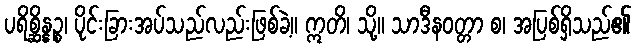
ပရိစ္ဆိန္နဉ္စ၊ ပိုင်းခြားအပ်သည်လည်းဖြစ်ခဲ့။ ဣတိ၊ သို့။ သာဒီနဝတ္တာ စ၊ အပြစ်ရှိသည်၏